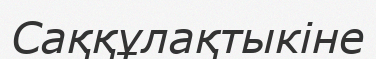
Саққұлақтыкіне